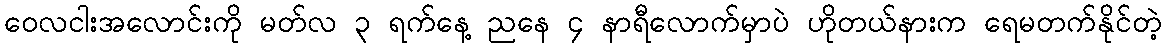
ဝေလငါးအလောင်းကို မတ်လ ၃ ရက်နေ့ ညနေ ၄ နာရီလောက်မှာပဲ ဟိုတယ်နားက ရေမတက်နိုင်တဲ့